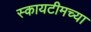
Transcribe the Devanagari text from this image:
स्कायटीमच्या